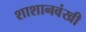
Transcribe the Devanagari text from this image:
शाशानवंखी